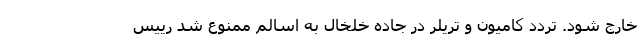
خارج شود. تردد کامیون و تریلر در جاده خلخال به اسالم ممنوع شد رییس